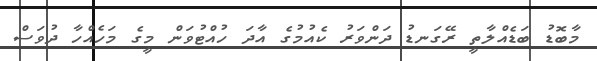
މާބޮޑު ބަޑެއްލާތީ ރޭގަނޑު ދަންވަރު ކެއުމުގެ އާދަ ހުއްޓުވަން މީގެ މަހެއްހާ ދުވަސް